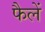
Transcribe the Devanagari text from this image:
फैलें